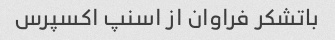
باتشکر فراوان از اسنپ اکسپرس